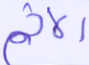
الإثم